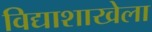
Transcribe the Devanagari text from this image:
विद्याशाखेला